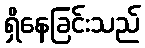
ရှိနေခြင်းသည်